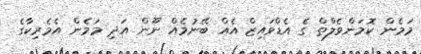
މަމެން ކޮމަންވެލްތް ގެ އެޑްވައިޒް އެއް ބޭނުމެއް ނޫން އަދި މަމެން އެެމެރިކާގެ